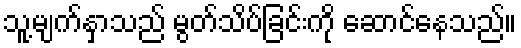
သူ့မျက်နှာသည် မွတ်သိပ်ခြင်းကို ဆောင်နေသည်။